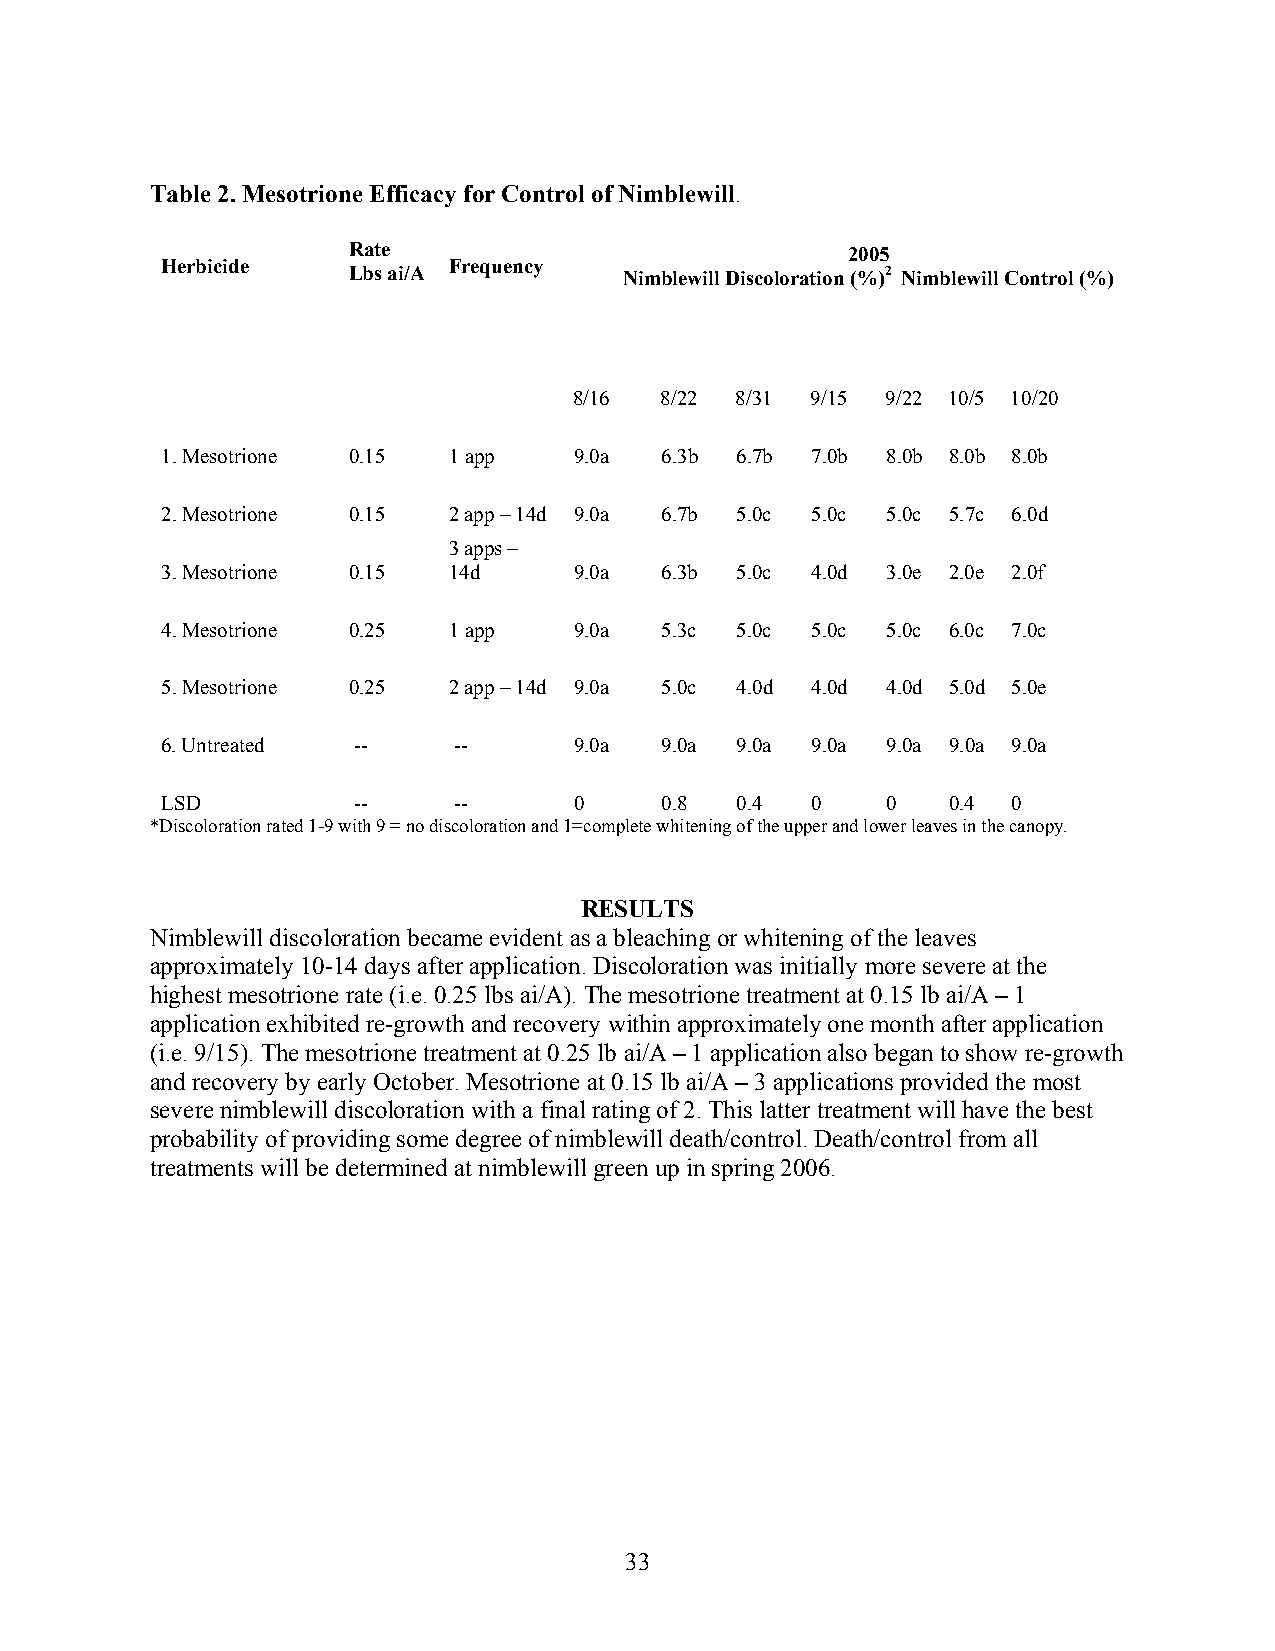
Table 2. Mesotrione Efficacy for Control of Nimblewill.
 Rate                             2005
 Herbicide          Frequency
 Lbs ai/A          Nimblewill Discoloration (%)2 Nimblewill Control (%)
 8/16  8/22 8/31 9/15 9/22 10/5 10/20
 1. Mesotrione 0.15 1 app   9.0a  6.3b 6.7b 7.0b 8.0b 8.0b 8.0b
 2. Mesotrione 0.15 2 app – 14d 9.0a 6.7b 5.0c 5.0c 5.0c 5.7c 6.0d
 3 apps –
 3. Mesotrione 0.15 14d     9.0a  6.3b 5.0c 4.0d 3.0e 2.0e 2.0f
 4. Mesotrione 0.25 1 app   9.0a  5.3c 5.0c 5.0c 5.0c 6.0c 7.0c
 5. Mesotrione 0.25 2 app – 14d 9.0a 5.0c 4.0d 4.0d 4.0d 5.0d 5.0e
 6. Untreated --    --      9.0a  9.0a 9.0a 9.0a 9.0a 9.0a 9.0a
 LSD         --     --      0     0.8  0.4  0    0   0.4 0
 *Discoloration rated 1-9 with 9 = no discoloration and 1=complete whitening of the upper and lower leaves in the canopy.
 RESULTS
 Nimblewill discoloration became evident as a bleaching or whitening of the leaves
 approximately 10-14 days after application. Discoloration was initially more severe at the
 highest mesotrione rate (i.e. 0.25 lbs ai/A). The mesotrione treatment at 0.15 lb ai/A – 1
 application exhibited re-growth and recovery within approximately one month after application
 (i.e. 9/15). The mesotrione treatment at 0.25 lb ai/A – 1 application also began to show re-growth
 and recovery by early October. Mesotrione at 0.15 lb ai/A – 3 applications provided the most
 severe nimblewill discoloration with a final rating of 2. This latter treatment will have the best
 probability of providing some degree of nimblewill death/control. Death/control from all
 treatments will be determined at nimblewill green up in spring 2006.
 33